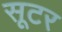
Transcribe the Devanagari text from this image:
सूटर